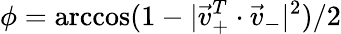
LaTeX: \phi=\operatorname{arccos}(1-|\vec{v}_{+}^{T}\cdot\vec{v}_{-}|^{2})/2